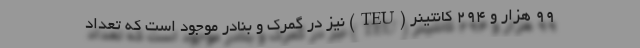
۹۹ هزار و ۲۹۴ کانتینر (TEU) نیز در گمرک و بنادر موجود است که تعداد